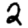
Digit: 2